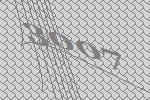
3007